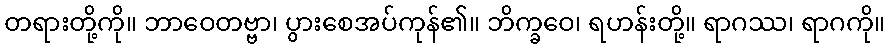
တရားတို့ကို။ ဘာဝေတဗ္ဗာ၊ ပွားစေအပ်ကုန်၏။ ဘိက္ခဝေ၊ ရဟန်းတို့။ ရာဂဿ၊ ရာဂကို။